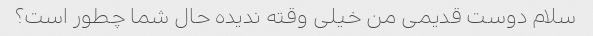
سلام دوست قدیمی من خیلی وقته ندیده حال شما چطور است؟